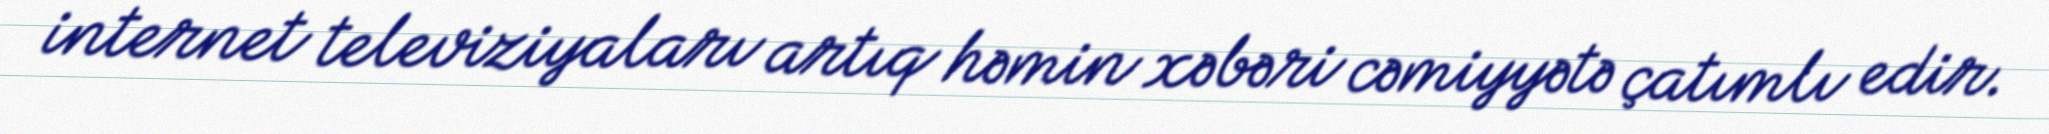
internet televiziyaları artıq həmin xəbəri cəmiyyətə çatımlı edir.